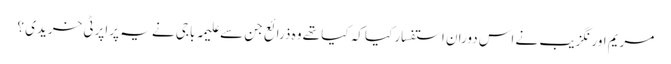
مریم اورنگزیب نے اس دوران استفسار کیا کہ کیا تھے وہ ذرائع جن سے علیمہ باجی نے یہ پراپرٹی خریدی ؟